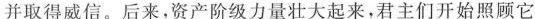
并取得威信。后来，资产阶级力量壮大起来，君主们开始照顾它